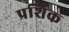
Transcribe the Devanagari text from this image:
प्रशिक